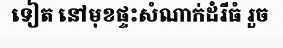
ទៀត នៅមុខផ្ទះសំណាក់ដំរីធំ រួច